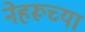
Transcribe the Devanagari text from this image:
नेहरूच्या